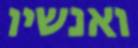
ואנשיו